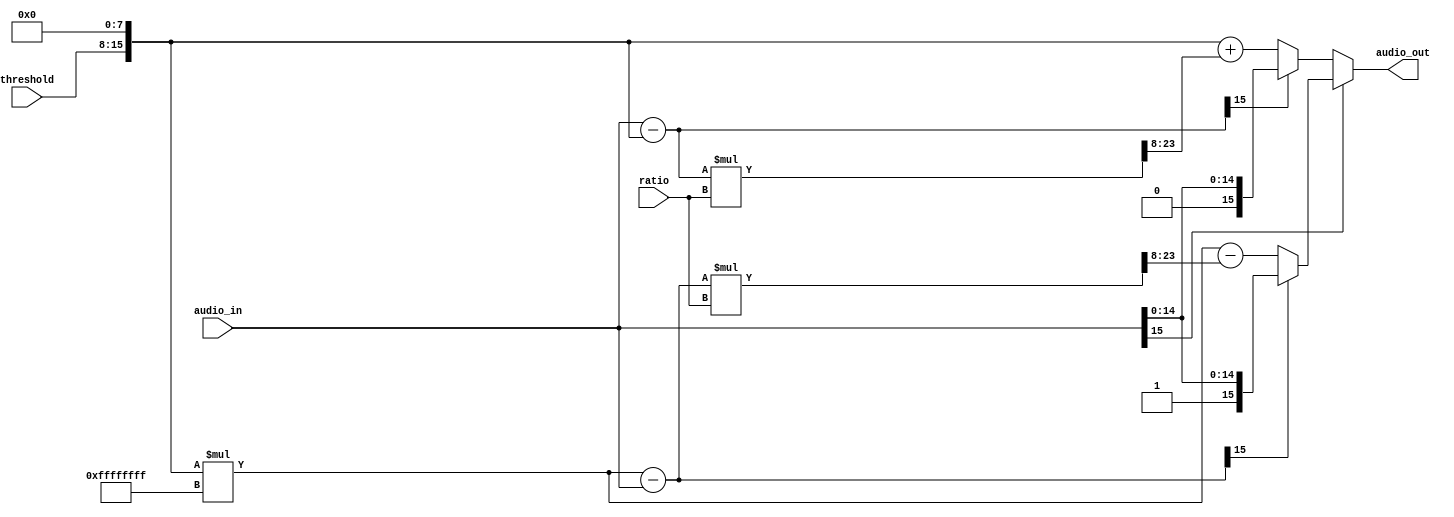
`timescale 1ns/1ps 

module compression(
  input wire [7:0] threshold,
  input wire [7:0] ratio,
  input wire [15:0] audio_in,
  output wire [15:0] audio_out

);

  wire [15:0] threshold16pos;
  wire [15:0] threshold16neg;
  wire [15:0] audio_excesspos;
  wire [15:0] audio_excessneg;
  wire [23:0] audio_excessPosTimeRatio23;
  wire [23:0] audio_excessNegTimeRatio23;
  wire [15:0] audio_excessPosTimeRatio15;
  wire [15:0] audio_excessNegTimeRatio15;
  wire [15:0] audio_outpos;
  wire [15:0] audio_outneg;
  




  // Concatenate 8 zeros to the threshold to make it 16 bits
  assign threshold16pos = {threshold, 8'b0};
  assign threshold16neg = {threshold, 8'b0} * -1;

  // Calculate the difference between audio_in and threshold16
  assign audio_excesspos = audio_in - threshold16pos;
  assign audio_excessneg = threshold16neg - audio_in;
  assign audio_excessPosTimeRatio23 = (audio_excesspos * ratio);
  assign audio_excessNegTimeRatio23 = (audio_excessneg * ratio);
  
  assign audio_excessPosTimeRatio15 = (audio_excessPosTimeRatio23) >> 8;
  assign audio_excessNegTimeRatio15 = (audio_excessNegTimeRatio23) >> 8;
  
  
  assign audio_outpos = (audio_excesspos[15] == 1'b0) ? 
								(threshold16pos + audio_excessPosTimeRatio15) :
								audio_in;
  assign audio_outneg = (audio_excessneg[15] == 1'b0) ? 
								(threshold16neg - audio_excessNegTimeRatio15) :
								audio_in;
  
  

  // Calculate audio_out based on conditions
  assign audio_out = (audio_in[15] == 1'b0) ? audio_outpos :
                    (audio_in[15] == 1'b1) ? audio_outneg :
                    audio_in;

endmodule